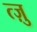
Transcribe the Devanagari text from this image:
त्ज़ु